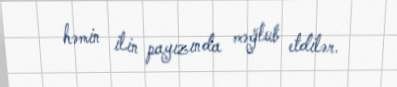
həmin ilin payızında məğlub etdilər.